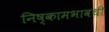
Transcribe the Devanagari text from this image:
निष्कामभावथी